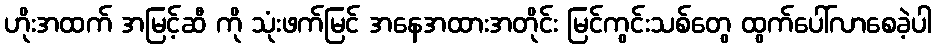
ဟိုးအထက် အမြင့်ဆီ ကို သုံးဖက်မြင် အနေအထားအတိုင်း မြင်ကွင်းသစ်တွေ ထွက်ပေါ်လာစေခဲ့ပါ